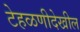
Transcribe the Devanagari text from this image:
टेहळणीदेखील